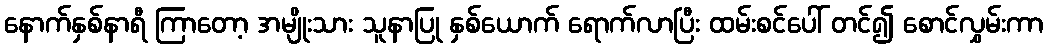
နောက်နှစ်နာရီ ကြာတော့ အမျိုးသား သူနာပြု နှစ်ယောက် ရောက်လာပြီး ထမ်းစင်ပေါ် တင်၍ စောင်လွှမ်းကာ